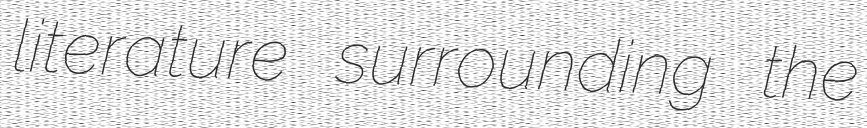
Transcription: literature surrounding the